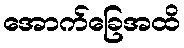
အောက်ခြေအထိ